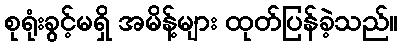
စုရုံးခွင့်မရှိ အမိန့်များ ထုတ်ပြန်ခဲ့သည်။